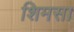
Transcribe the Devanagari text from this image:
शिमसा